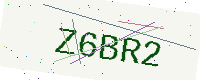
Text: Z6BR2